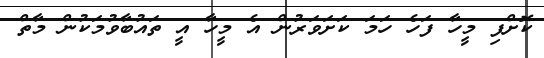
ކޮށްފި މީހާ ފަހެ ހަމަ ކަށަވަރުން އެ މީހާ އީ ތައުބާވުމަކުން މާތް